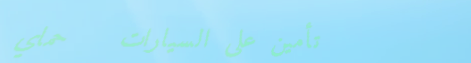
تأمين على السيارات   حماي